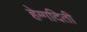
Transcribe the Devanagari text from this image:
हेग्गदिती